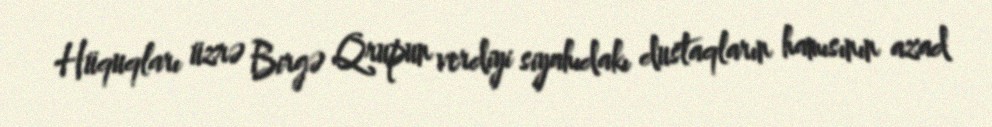
Hüquqları üzrə Birgə Qrupun verdiyi siyahıdakı dustaqların hamısının azad